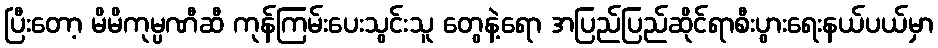
ပြီးတော့ မိမိကုမ္ပဏီဆီ ကုန်ကြမ်းပေးသွင်းသူ တွေနဲ့ရော အပြည်ပြည်ဆိုင်ရာစီးပွားရေးနယ်ပယ်မှာ